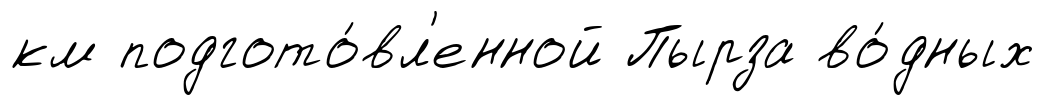
км подгото́вл'енной Пырза во́дных